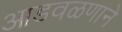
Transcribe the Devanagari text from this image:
आडवळणाने